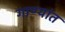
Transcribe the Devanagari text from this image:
गाण्यांत